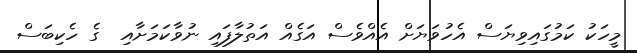
މީހަކު ކަމުގައިވިޔަސް އެހުވަޔަށް އެއްވެސް އަގެއް އަތުލާފައި ނުވާކަމަށާއި  ގެ ހެކިބަސް